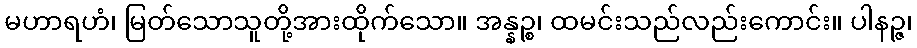
မဟာရဟံ၊ မြတ်သောသူတို့အားထိုက်သော။ အန္နဉ္စ၊ ထမင်းသည်လည်းကောင်း။ ပါနဉ္ဇ၊